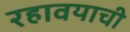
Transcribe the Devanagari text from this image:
रहावयाची